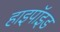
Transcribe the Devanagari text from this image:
हाइपॉइड